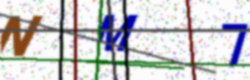
Text: NM7